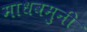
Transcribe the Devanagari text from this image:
माधवमुनी